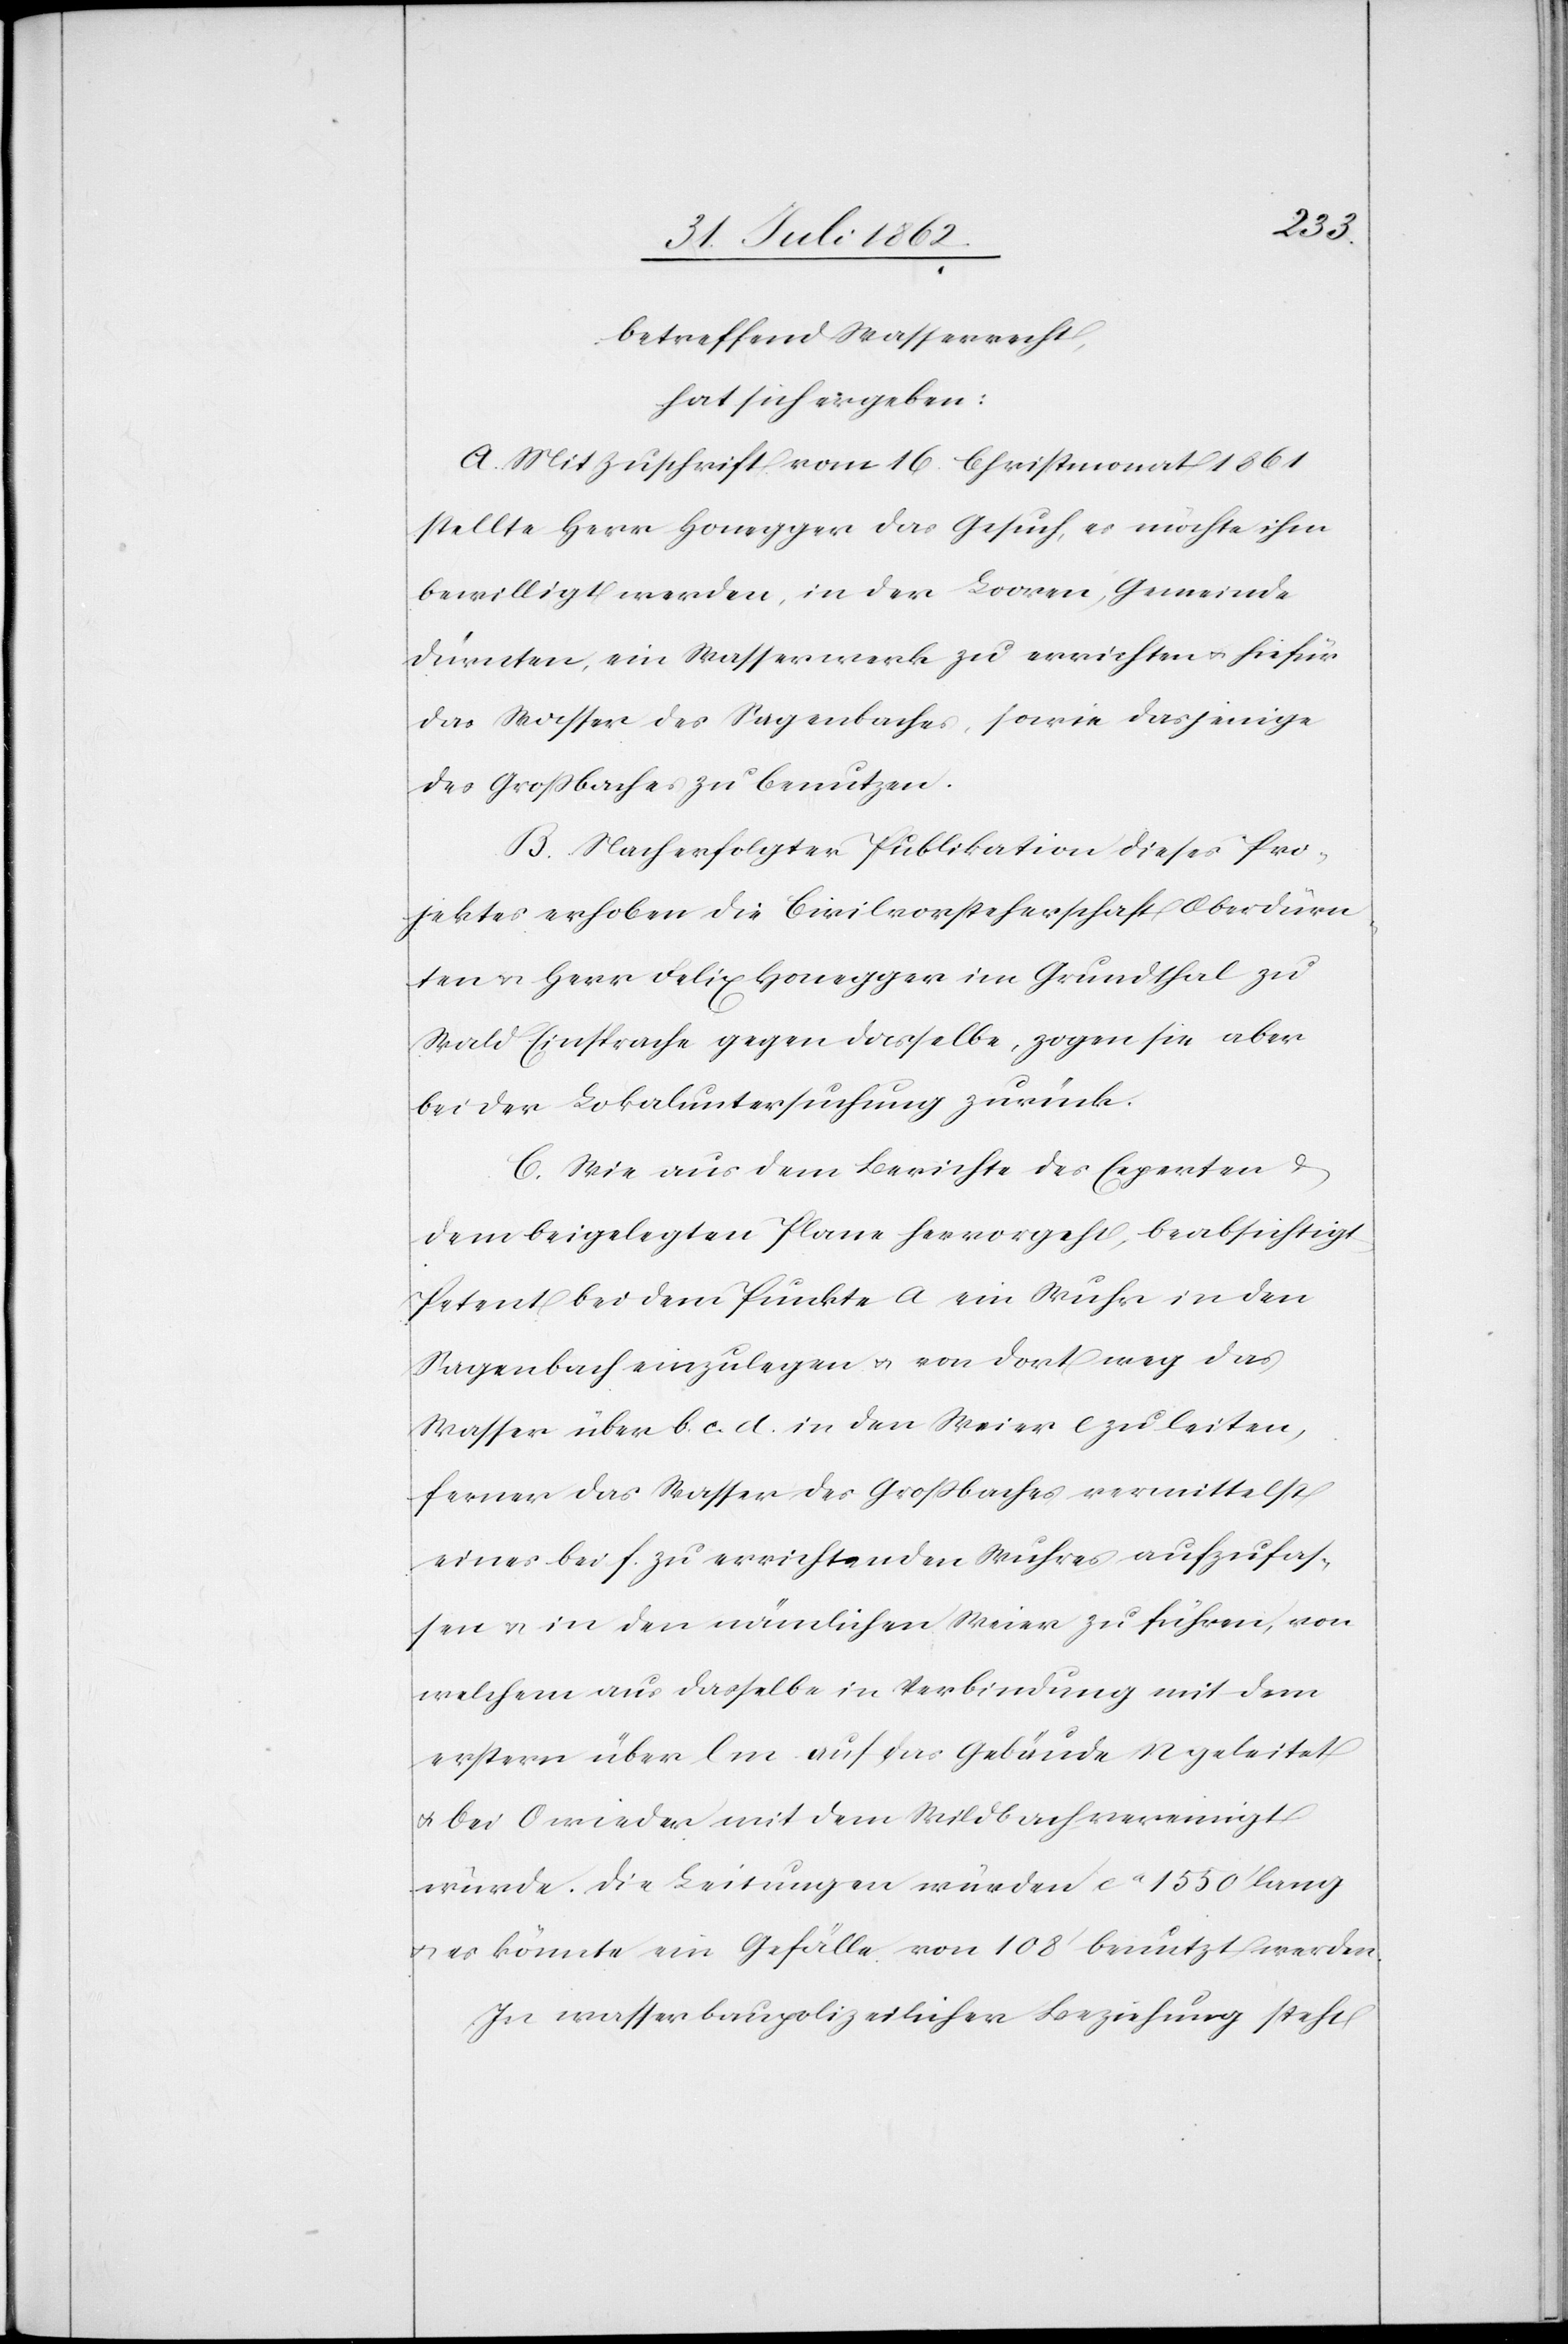
betreffend Wasserrecht,
hat sich ergeben:
A. Mit Zuschrift vom 16. Christmonat 1861
stellte Herr Honegger das Gesuch, es möchte ihm
bewilligt werden, in der Looren, Gemeinde
Dürnten, ein Wasserwerk zu errichten u. hiefür
das Wasser des Sagenbaches, sowie dasjenige
des Großbaches zu benutzen.
B. Nach erfolgter Publikation dieses Pro¬
tokolles erhoben die Civilvorsteherschaft Oberdürn¬
ten u. Herr Felix Honegger im Grundthal zu
Wald Einsprache gegen dasselbe, zogen sie aber
bei der Lokaluntersuchung zurück.
C. Wie aus dem Berichte des Experten u.
dem beigelegten Plane hervorgeht, beabsichtigt
Petent bei dem Punkte a ein Wuhr in den
Sagenbach einzulegen u. von dort weg das
Wasser über b. c. d. in den Weier e zu leiten,
ferner das Wasser des Großbaches vermittelst
eines bei f. zu errichtenden Wuhres aufzufas¬
sen u. in den nämlichen Weier zu führen, von
welchem aus dasselbe in Verbindung mit dem
erstern über l m auf das Gebäude n geleitet
u. bei o wieder in den Wildbach vereinigt
wurde. Die Leitungen wurden ca 1550’ lang
es könnte ein Gefälle von 108’ benutzt werden.
In wasserbaupolizeilicher Beziehung steht